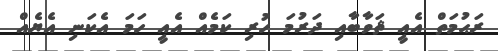
ރަޙުމަތް އެއީ ޘަވާބާއި ދަރުމަ ހުރި ކަމެއް އެއީ ހަމަ އެކަނި އެޔެއް